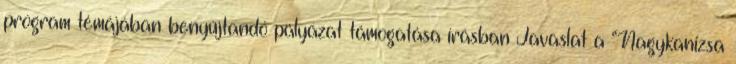
program témájában benyújtandó pályázat támogatása írásban Javaslat a “Nagykanizsa